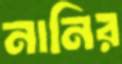
নানির